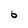
Character: 6